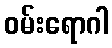
ဝမ်းရောဂါ